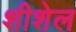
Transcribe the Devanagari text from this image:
शीशेल